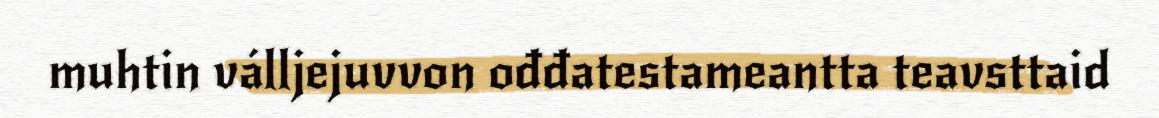
muhtin válljejuvvon ođđatestameantta teavsttaid